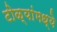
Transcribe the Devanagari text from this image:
टोळ्यांमध्ये